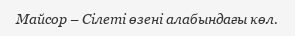
Майсор – Сілеті өзені алабындағы көл.